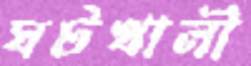
ঘটখালী